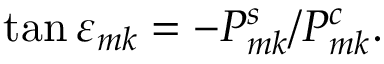
\tan \varepsilon _ { m k } = - P _ { m k } ^ { s } / P _ { m k } ^ { c } .